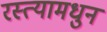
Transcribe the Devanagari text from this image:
रस्त्यामधुन